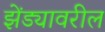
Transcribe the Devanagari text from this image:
झेंड्यावरील